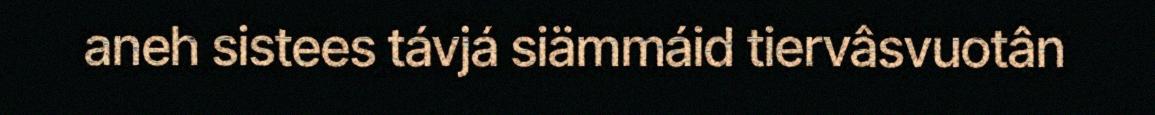
aneh sistees távjá siämmáid tiervâsvuotân